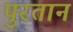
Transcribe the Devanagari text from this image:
पुरतान